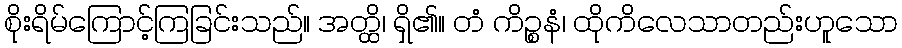
စိုးရိမ်ကြောင့်ကြခြင်းသည်။ အတ္ထိ၊ ရှိ၏။ တံ ကိဉ္စနံ၊ ထိုကိလေသာတည်းဟူသော